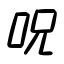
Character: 呪